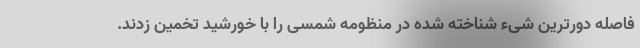
فاصله دورترین شیء شناخته شده در منظومه شمسی را با خورشید تخمین زدند.